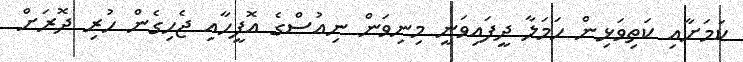
ކަމަށާއި ކަތިވަޅިން ހަމަލާ ދީފައިވަނީ މިނިވަން ނިއުސްގެ އޮފީހާއި ޖެހިގެން ހުރި ދޮރަށް